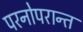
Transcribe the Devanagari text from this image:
परनोपरान्त